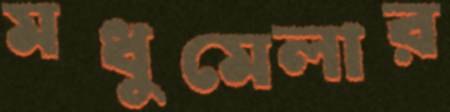
মধুমেলার